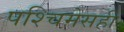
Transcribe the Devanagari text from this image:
पश्चिमेसही